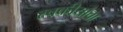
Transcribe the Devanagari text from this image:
स्वकीयांचा